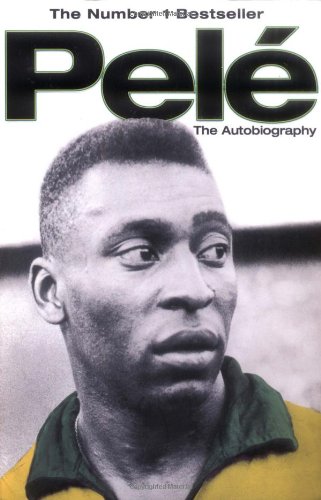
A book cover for Pele: The Autobiography; PelÃ©; Biographies & Memoirs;